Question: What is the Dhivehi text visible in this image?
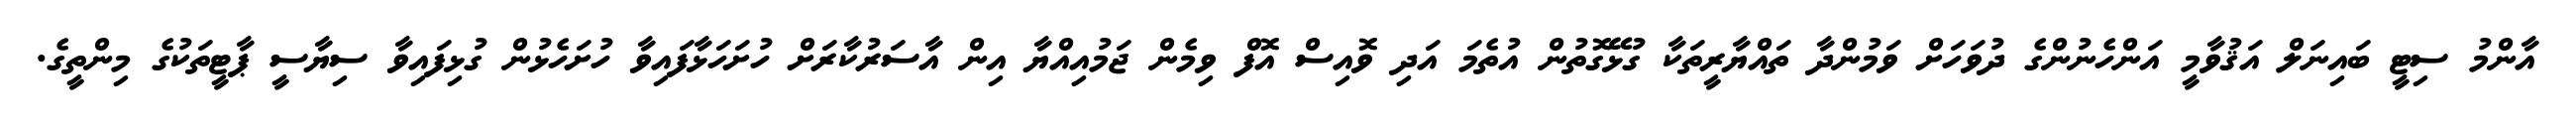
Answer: އާންމު ސިޓީ ބައިނަލް އަޤުވާމީ އަންހެނުންގެ ދުވަހަށް ވަމުންދާ ތައްޔާރީތަކާ ގުޅޭގޮތުން އުތެމަ އަދި ވޮއިސް އޮފް ވިމެން ޖަމުއިއްޔާ އިން އާސަރުކާރަށް ހުށަހަޅާފައިވާ ހުށަހެޅުން ގުޅިފައިވާ ސިޔާސީ ޕާޓީތަކުގެ މިންތީގެ.